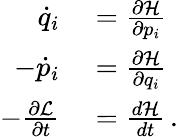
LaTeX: \begin{array}{rl}{{\dot{q}}_{i}}&{{}={\frac{\partial{\mathcal{H}}}{\partial p_{i}}}}\\ {-{\dot{p}}_{i}}&{{}={\frac{\partial{\mathcal{H}}}{\partial q_{i}}}}\\ {-{\frac{\partial{\mathcal{L}}}{\partial t}}}&{{}={\frac{d{\mathcal{H}}}{dt}}\, .}\end{array}